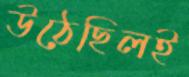
উঠেছিলই